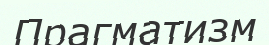
Прагматизм